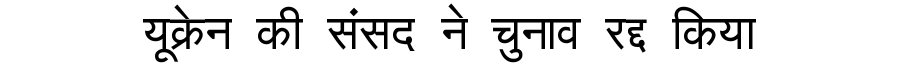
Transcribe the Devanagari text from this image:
यूक्रेन की संसद ने चुनाव रद्द किया